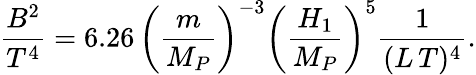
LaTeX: \frac{B^{2}}{T^{4}}=6.26\, \biggl(\frac{m}{M_{P}}\biggr)^{-3}\biggl(\frac{H_{1}}{M_{P}}\biggr)^{5}\frac{1}{(L\, T)^{4}}.